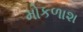
મોકળાશ